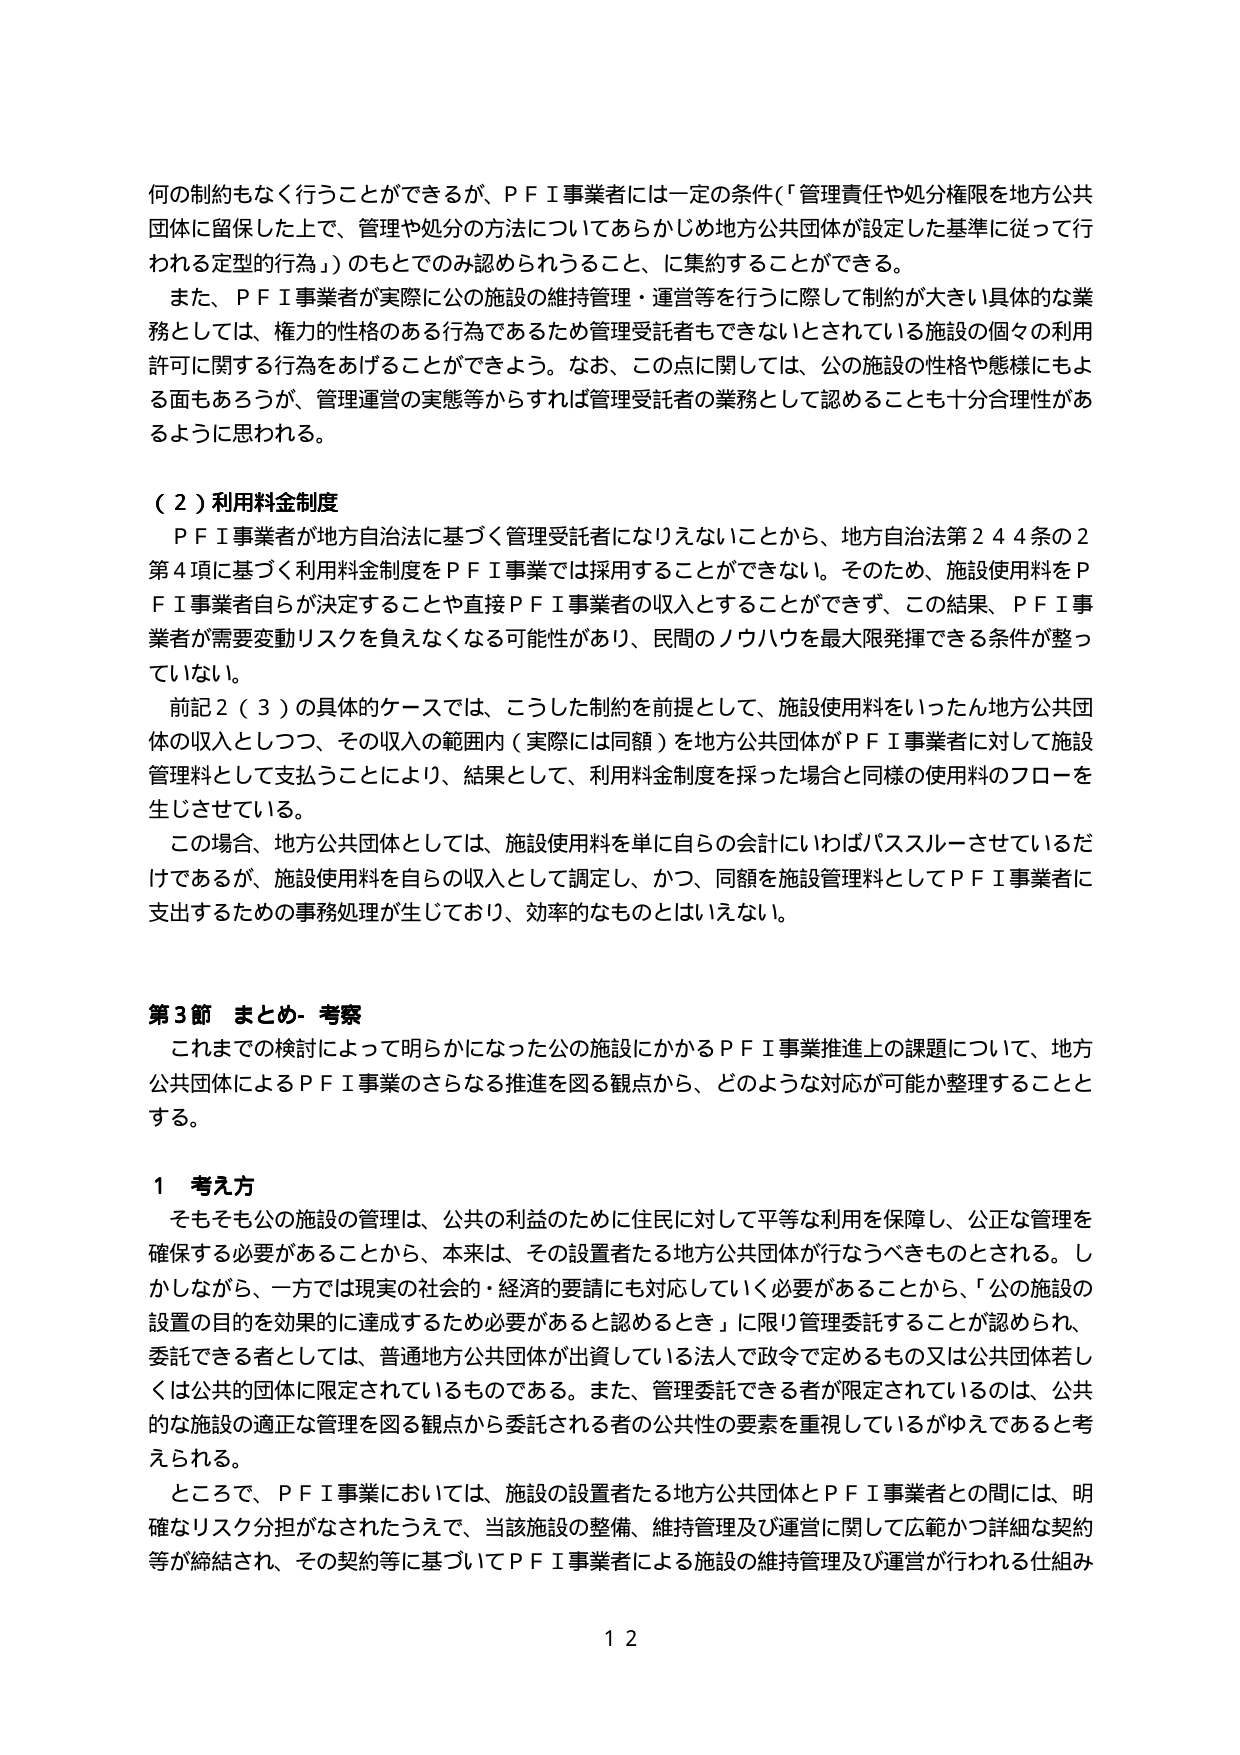
何の制約もなく行うことができるが、ＰＦＩ事業者には一定の条件（「管理責任や処分権限を地方公共団体に留保した上で、管理や処分の方法についてあらかじめ地方公共団体が設定した基準に従って行われる定型的行為」）のもとでのみ認められること、に集約することができる。

また、ＰＦＩ事業者が実際に公の施設の維持管理・運営等を行うに際して制約が大きい具体的な業務としては、権力の性格のある行為であるため管理受託者もできないとされている施設の個々の利用許可に関する行為をあげることができよう。なお、この点に関しては、公の施設の性格や態様にもよる面もあるろうが、管理運営の実態等からすれば管理受託者の業務として認めることも十分合理性があるように思われる。

（２）利用料金制度

ＰＦＩ事業者が地方自治法に基づく管理受託者になりえないことから、地方自治法第２４４条の２第４項に基づく利用料金制度をＰＦＩ事業では採用することができない。そのため、施設使用料をＰＦＩ事業者自らが決定することや直接ＰＦＩ事業者の収入とすることはできず、この結果、ＰＦＩ事業者が需要変動リスクを負えなくなる可能性があり、民間のノウハウを最大限発揮できる条件が整っていない。

前記２（３）の具体的ケースでは、こうした制約を前提として、施設使用料をいったん地方公共団体の収入としつつ、その収入の範囲内（実際には同額）を地方公共団体がＰＦＩ事業者に対して施設管理料として支払うことにより、結果として、利用料金制度を採った場合と同様の使用料のフローを生じさせている。

この場合、地方公共団体としては、施設使用料を単に自らの会計にいわばパススルーさせているだけであるが、施設使用料を自らの収入として調定し、かつ、同額を施設管理料としてＰＦＩ事業者に支出するための事務処理が生じており、効率的なものとはいえない。

第３節 まとめ・考察

これまでの検討によって明らかになった公の施設にかかるＰＦＩ事業推進上の課題について、地方公共団体によるＰＦＩ事業のさらなる推進を図る観点から、どのような対応が可能か整理することとする。

１ 考え方

そもそも公の施設の管理は、公共の利益のために住民に対して平等な利用を保障し、公正な管理を確保する必要があることから、本来は、その設置者たる地方公共団体が行なうべきものとされる。しかしながら、一方では現実の社会的・経済的要請にも対応していく必要があることから、「公の施設の設置の目的を効果的に達成するため必要があると認めるとき」に限り管理委託することが認められ、委託できる者としては、普通地方公共団体が出資している法人で政令で定めるもの又は公共団体若しくは公共的団体に限定されているものである。また、管理委託できる者が限定されているのは、公共的な施設の適正な管理を図る観点から委託される者の公共性の要素を重視しているがゆえであると考えられる。

ところで、ＰＦＩ事業においては、施設の設置者たる地方公共団体とＰＦＩ事業者との間には、明確なリスク分担がなされたうえで、当該施設の整備、維持管理及び運営に関して広範かつ詳細な契約等が締結され、その契約等に基づいてＰＦＩ事業者による施設の維持管理及び運営が行われる仕組み

１２